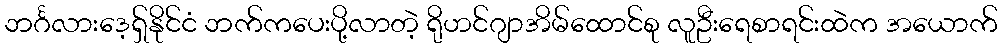
ဘင်္ဂလားဒေ့ရှ်နိုင်ငံ ဘက်ကပေးပို့လာတဲ့ ရိုဟင်ဂျာအိမ်ထောင်စု လူဦးရေစာရင်းထဲက အယောက်